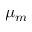
\mu _ { m }